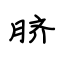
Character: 脐